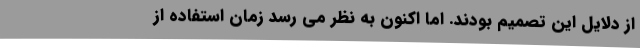
از دلایل این تصمیم بودند. اما اکنون به نظر می رسد زمان استفاده از